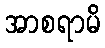
အာစရာမိ